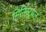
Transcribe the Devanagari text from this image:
मिनिस्ट्रयल